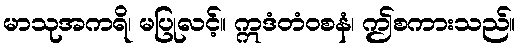
မာသုအကရိ၊ မပြုလင့်။ ဣဒံတံဝစနံ၊ ဤစကားသည်။